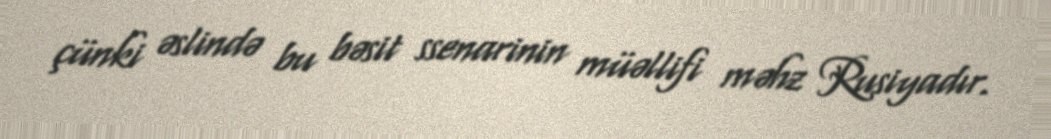
çünki əslində bu bəsit ssenarinin müəllifi məhz Rusiyadır.